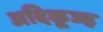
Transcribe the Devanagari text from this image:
अदिकूज्ह